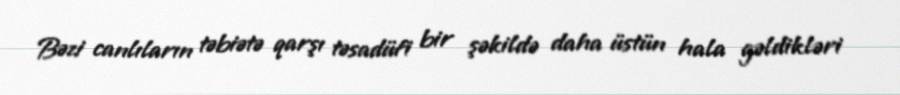
Bəzi canlıların təbiətə qarşı təsadüfi bir şəkildə daha üstün hala gəldikləri